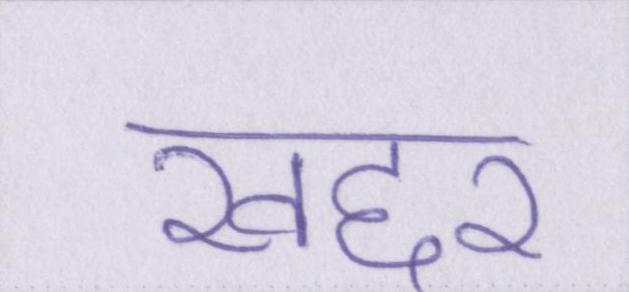
खद्दर